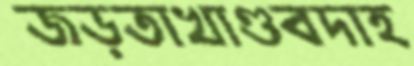
জড়তাখাণ্ডবদাহ